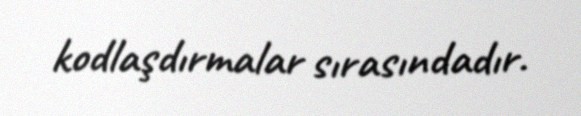
kodlaşdırmalar sırasındadır.